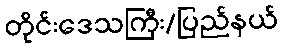
တိုင်းဒေသကြီး/ပြည်နယ်